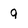
Character: q